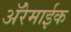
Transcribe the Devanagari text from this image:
अॅरेमाईक